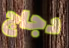
دجاج